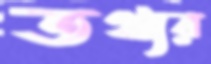
তথ্যর